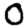
Digit: 0